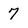
Character: 7